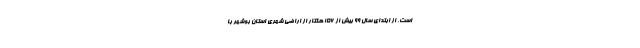
است. از ابتدای سال ۹۹ بیش از ۱۵۶ هکتار از اراضی شهری استان بوشهر با